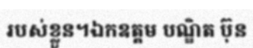
របស់ខ្លួន។ឯកឧត្តម បណ្ឌិត ប៊ុន